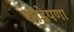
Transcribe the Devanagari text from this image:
घोडेपणा